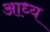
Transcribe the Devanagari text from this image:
आध्य